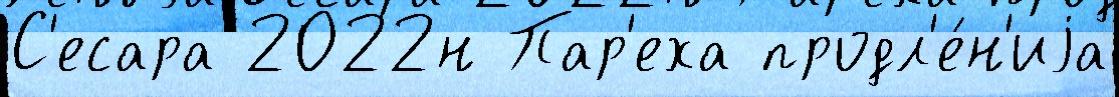
С'есара 2022н Пар'еха продл'е́н'иjа